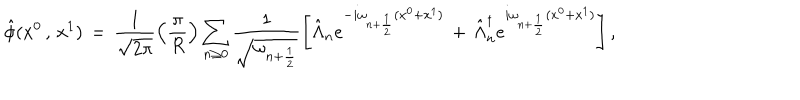
LaTeX: \hat { \phi } ( x ^ { 0 } \, , \, x ^ { 1 } ) \, = \, \frac { 1 } { \sqrt { 2 \pi } } \left( \frac { \pi } { R } \right) \sum _ { n \geq 0 } \frac { 1 } { \sqrt { \omega _ { n + \frac { 1 } { 2 } } } } \left[ \hat { \Lambda } _ { n } e ^ { - i \omega _ { n + \frac { 1 } { 2 } } ( x ^ { 0 } + x ^ { 1 } ) } \, + \, \hat { \Lambda } _ { n } ^ { \dagger } e ^ { i \omega _ { n + \frac { 1 } { 2 } } ( x ^ { 0 } + x ^ { 1 } ) } \right] ,